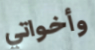
وأخواتي